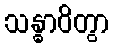
သန္ဓာဝိတွာ